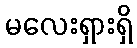
မလေးရှားရှိ